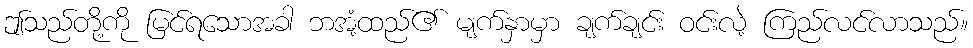
ဤသည်တို့ကို မြင်ရသောအခါ ဘအံ့ထည်၏ မျက်နှာမှာ ချက်ချင်း ဝင်းလဲ့ ကြည်လင်လာသည်။